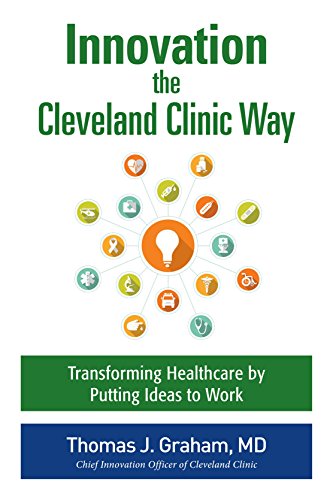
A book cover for Innovation the Cleveland Clinic Way: Transforming Healthcare by Putting Ideas to Work; Thomas Graham; Business & Money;